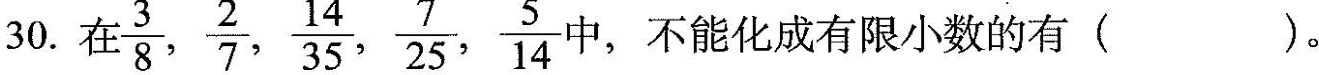
30. $$\frac{3}{8}, \frac{2}{7}, \frac{14}{35}, \frac{7}{25}, \frac{5}{14}$$ ，不能化成有限小数的有()